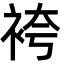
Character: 袴